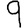
Digit: 9